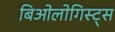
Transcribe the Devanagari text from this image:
बिओलोगिस्ट्स